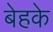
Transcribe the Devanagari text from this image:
बेहके